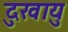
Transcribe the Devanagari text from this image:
दुखायु